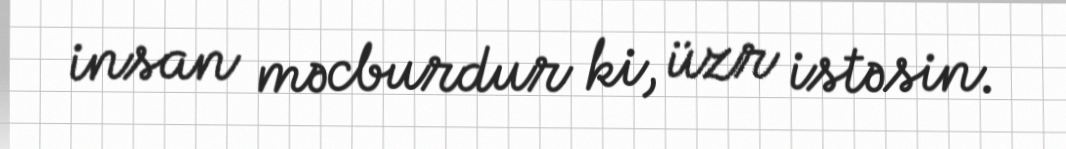
insan məcburdur ki, üzr istəsin.